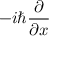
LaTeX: - i \hbar { \frac { \partial } { \partial x } }